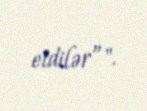
etdilər”".